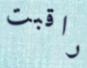
راقبت